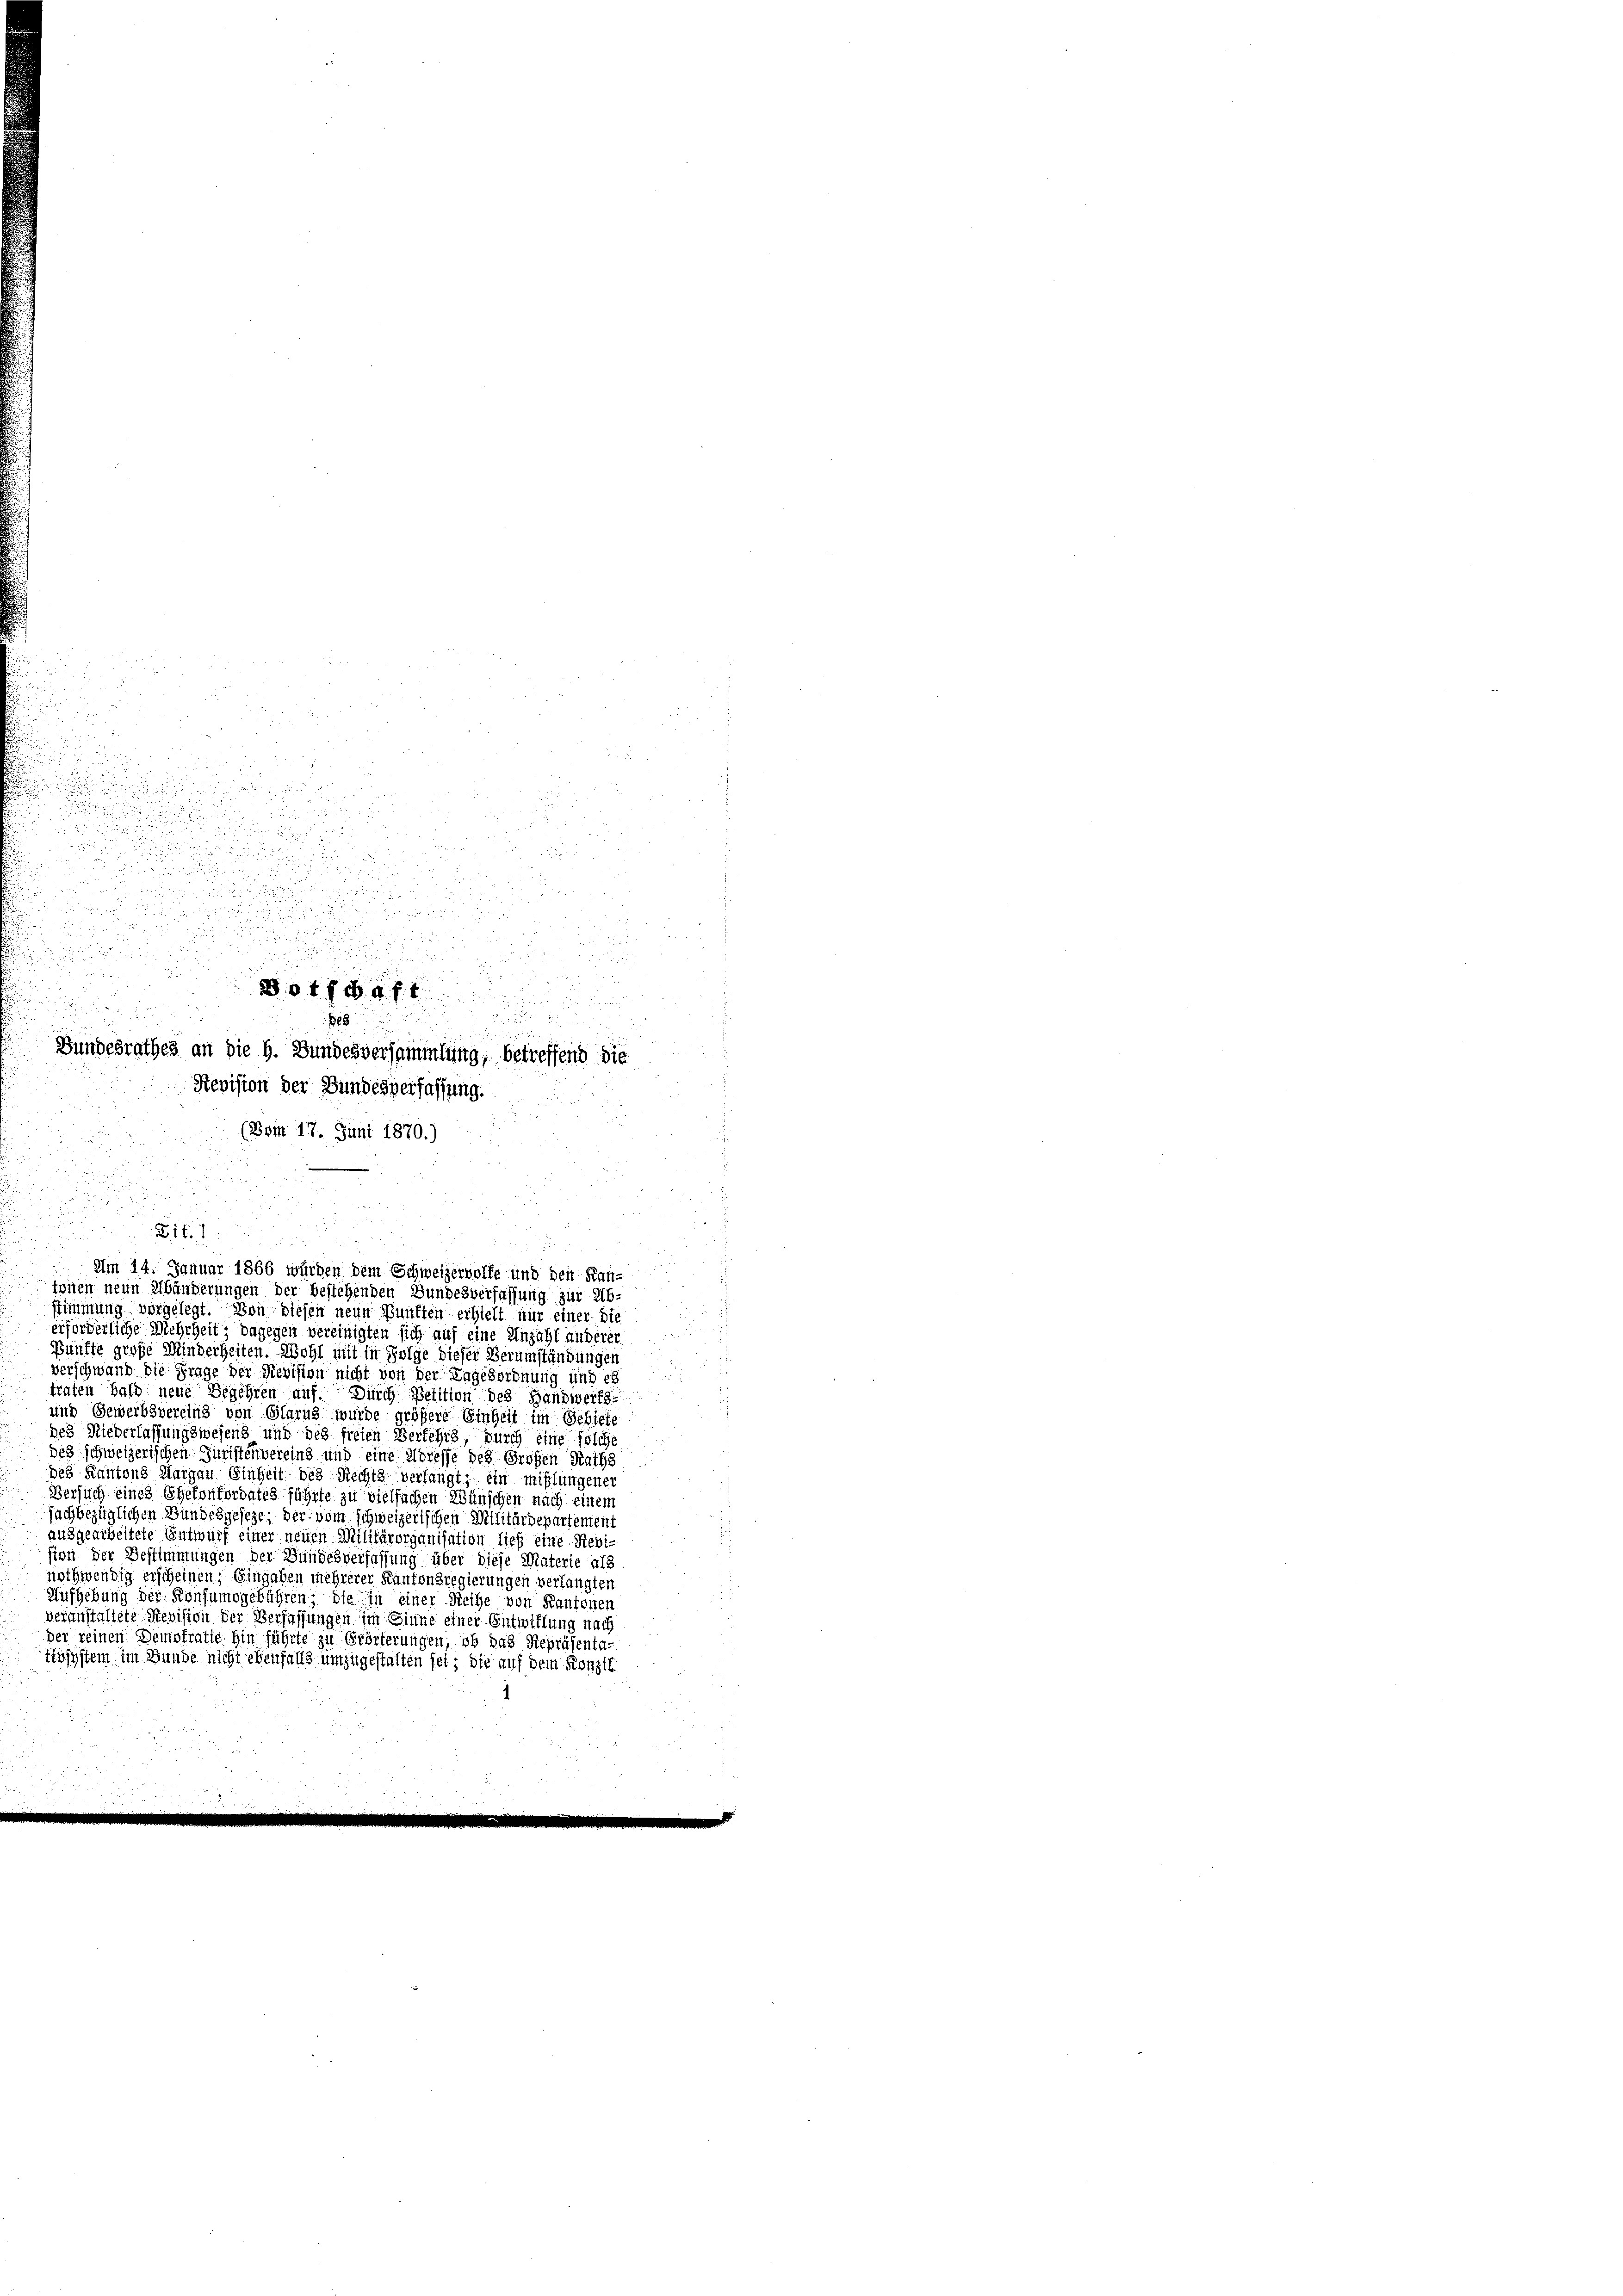
u
d

a
.

e

n
.

u

d
r

u
i
.

Dotfdaft
  den sein, auch

8
Bundesrathes an die h. Bundesversammlung, betreffend die
Revision der Bundesverfassung.

(Bom 17. Juni 1870.)
.

.

tte

 Am 14. Januar 1866 werden dem Schweizerworfe und den Kanfonen neun Khänderungen der bestehenden Gundesverfassung zur Ab¬

stimmung vorgelegt. Von diesen neun Bunften erhielt nur einer Die
erforderliche Mehrheit; dagegen vereinigten sich auf eine Anzahl anderer
Pünfte große Minderheiten. Wohl mit in Folge dieser Verumständungen
verschwand die Frage der Revision nicht von der Tagesordnung und es
traten bald neue Begehren auf. Durch Petition des Handwerks-
und Gewerbsvereins von Glarus wurde größere Einheit im Gebiete
des Niederlassungswesens und des freien Verfehrs, durch eine solche
des schweizerischen Juristenvereins und eine Adresse des Großen Raths
des Kantons Aargau. Einheit des Rechts verlangt, ein mißlungener
Versuch eines Ehefonfordates führte zu vielfachen Wünschen nach einem
fachbezüglichen Bundesgeseze, der vom schweizerischen Militärdepartement
ausgearbeitete Entwurf einer neuen Militärorganisation lief eine Revision der Bestimmungen der Bundesverfassung über diese Materie als
nothwendig erscheinen, Eingaben mehrerer Kantonsregierungen verlangten
Aufhebung der Konsumsgebühren die in einer Reihe von Kantonen
veranstaltete Revision der Verfassungen im Sinne einer Entwittung nach
der seinen Demokratio hin führte zu Erörterungen, ob das Repräsenta-
tssystem im Bunde nicht ebenfalls umzugestalten sei; die auf dem Konzil